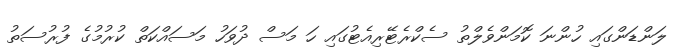
ލަންޑަންގައި ހުންނަ ކޮމަންވެލްތު ސެކްރެޓޭރިއެޓުގައި ހަ މަސް ދުވަހު މަސައްކަތް ކުރުމުގެ ފުރުސަތު